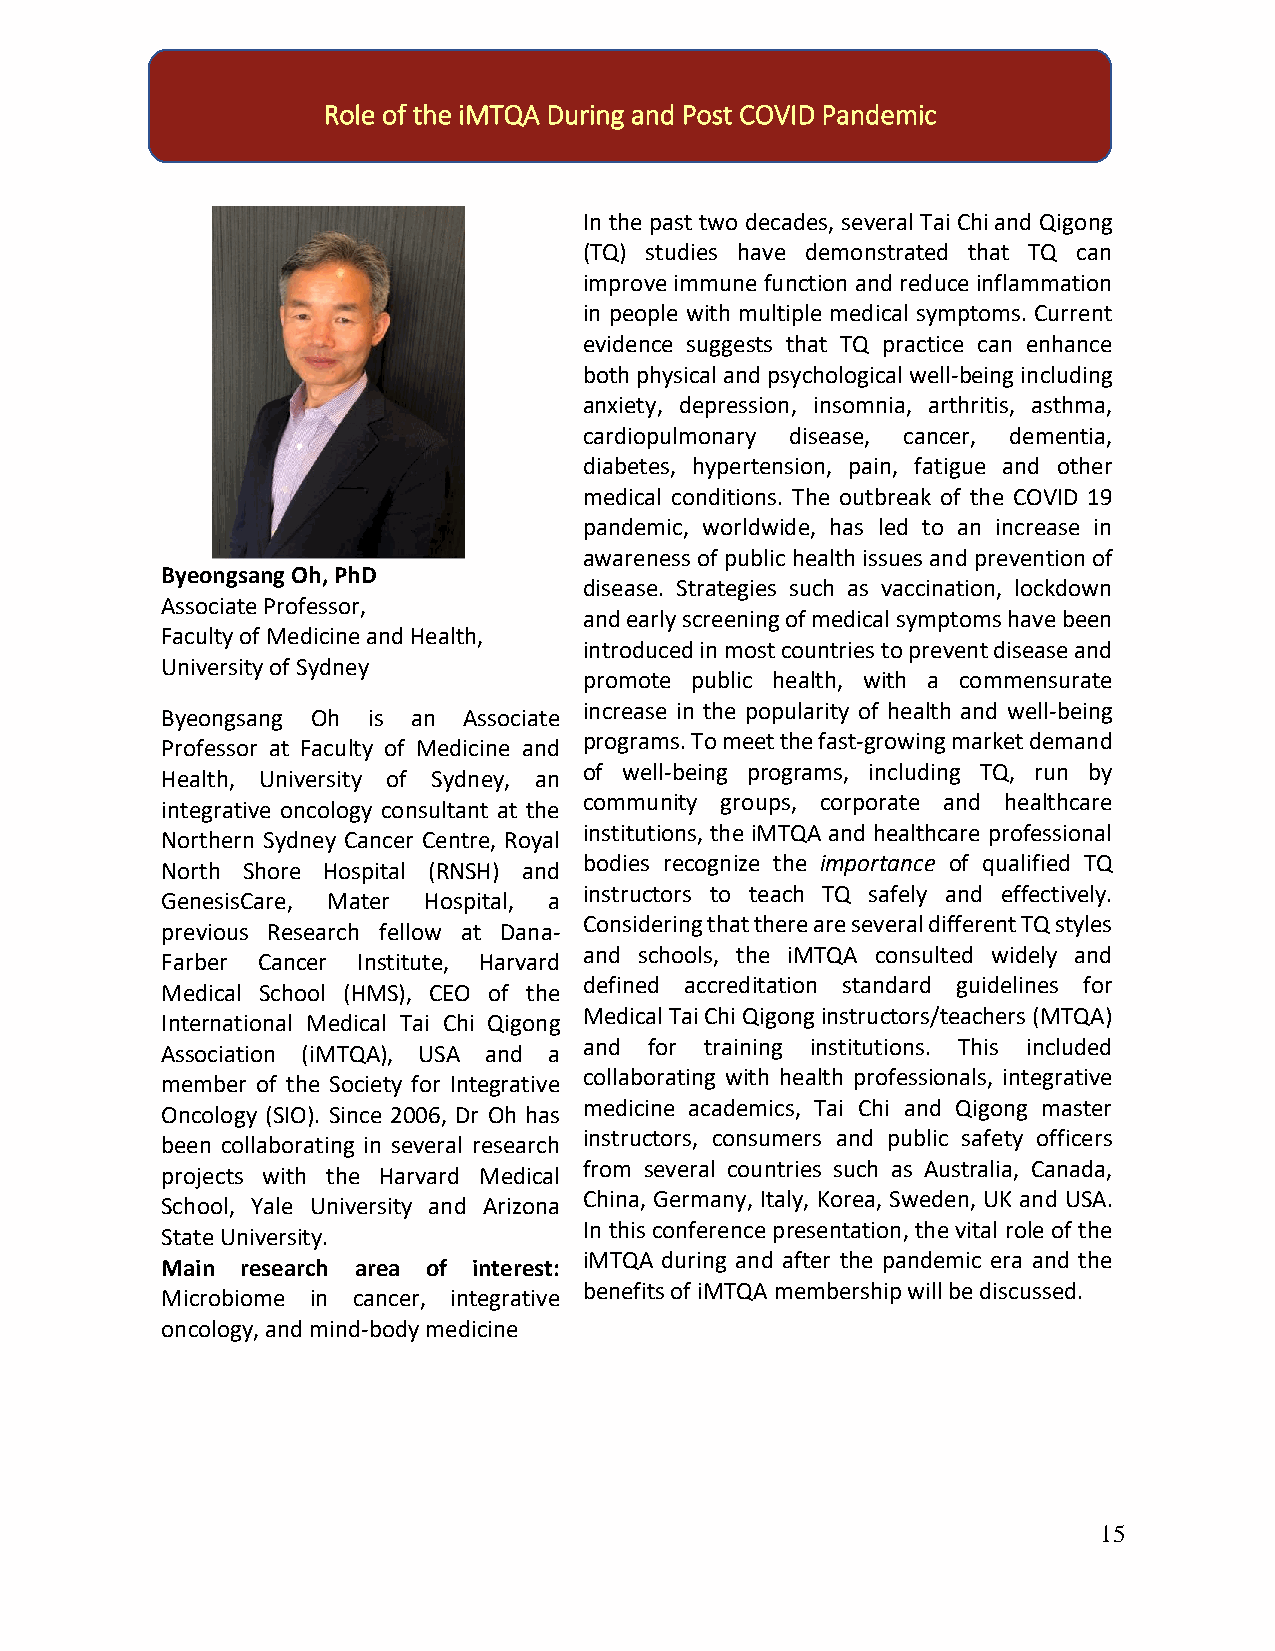
Role of the iMTQA During and Post COVID Pandemic
 In the past two decades, several Tai Chi and Qigong
 (TQ) studies have demonstrated that TQ can
 improve immune function and reduce inflammation
 in people with multiple medical symptoms. Current
 evidence suggests that TQ practice can enhance
 both physical and psychological well-being including
 anxiety, depression, insomnia, arthritis, asthma,
 cardiopulmonary disease, cancer, dementia,
 diabetes, hypertension, pain, fatigue and other
 medical conditions. The outbreak of the COVID 19
 pandemic, worldwide, has led to an increase in
 awareness of public health issues and prevention of
 Byeongsang Oh, PhD
 disease. Strategies such as vaccination, lockdown
 Associate Professor,
 and early screening of medical symptoms have been
 Faculty of Medicine and Health,
 introduced in most countries to prevent disease and
 University of Sydney
 promote public health, with a commensurate
 increase in the popularity of health and well-being
 Byeongsang Oh is an Associate
 programs. To meet the fast-growing market demand
 Professor at Faculty of Medicine and
 of well-being programs, including TQ, run by
 Health, University of Sydney, an
 community groups, corporate and healthcare
 integrative oncology consultant at the
 institutions, the iMTQA and healthcare professional
 Northern Sydney Cancer Centre, Royal
 bodies recognize the importance of qualified TQ
 North Shore Hospital (RNSH) and
 instructors to teach TQ safely and effectively.
 GenesisCare, Mater Hospital, a
 Considering that there are several different TQ styles
 previous Research fellow at Dana-
 and schools, the iMTQA consulted widely and
 Farber Cancer Institute, Harvard
 defined accreditation standard guidelines for
 Medical School (HMS), CEO of the
 Medical Tai Chi Qigong instructors/teachers (MTQA)
 International Medical Tai Chi Qigong
 and for training institutions. This included
 Association (iMTQA), USA and a
 collaborating with health professionals, integrative
 member of the Society for Integrative
 medicine academics, Tai Chi and Qigong master
 Oncology (SIO). Since 2006, Dr Oh has
 instructors, consumers and public safety officers
 been collaborating in several research
 from several countries such as Australia, Canada,
 projects with the Harvard Medical
 China, Germany, Italy, Korea, Sweden, UK and USA.
 School, Yale University and Arizona
 In this conference presentation, the vital role of the
 State University.
 iMTQA during and after the pandemic era and the
 Main research area of interest:
 benefits of iMTQA membership will be discussed.
 Microbiome in cancer, integrative
 oncology, and mind-body medicine
 15